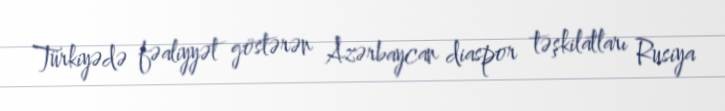
Türkiyədə fəaliyyət göstərən Azərbaycan diaspor təşkilatları Rusiya